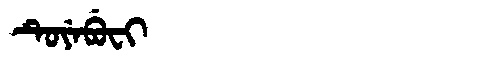
Manchu: ᡨᡠᠶᡝᠪᡠᠸᡳ
Romanization: TUYEBUFI